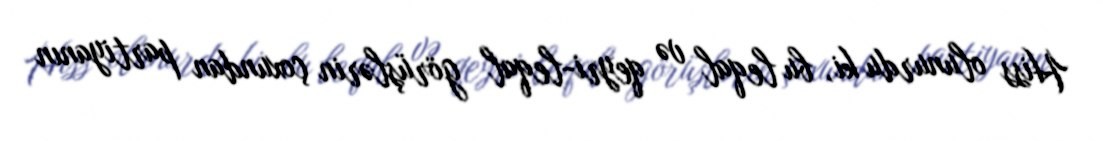
Hiss olunurdu ki, bu leqal və qeyri-leqal görüşlərin çoxundan partiyanın